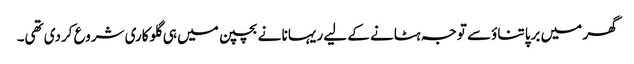
گھر میں برپا تناؤسے توجہ ہٹانے کے لیے ریہانا نے بچپن میں ہی گلوکاری شروع کردی تھی۔